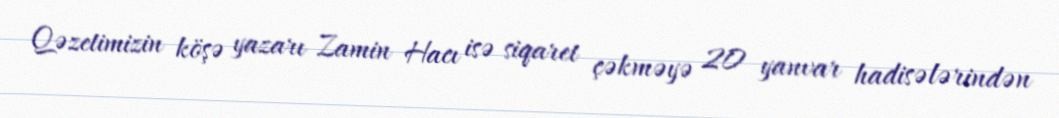
Qəzetimizin köşə yazarı Zamin Hacı isə siqaret çəkməyə 20 yanvar hadisələrindən